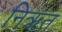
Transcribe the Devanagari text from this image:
निऋत